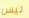
ليس